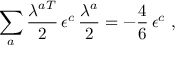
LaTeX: \sum _ { a } \frac { \lambda ^ { a T } } 2 \, \epsilon ^ { c } \, \frac { \lambda ^ { a } } 2 = - \frac 4 6 \, \epsilon ^ { c } \, \, ,